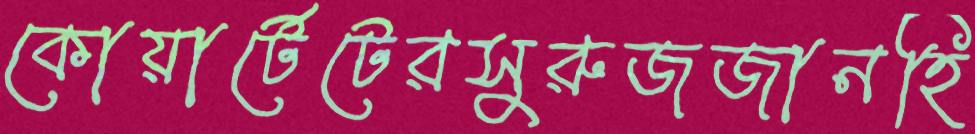
কোয়ার্টেটেরসুরুজজানহি